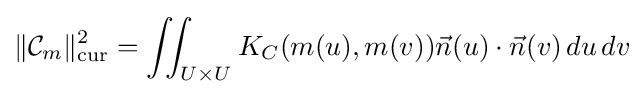
\|{\mathcal {C}}_{m}\|_{\mathrm {cur} }^{2}=\iint _{U\times U}K_{C}(m(u),m(v)){\vec {n}}(u)\cdot {\vec {n}}(v)\,du\,dv